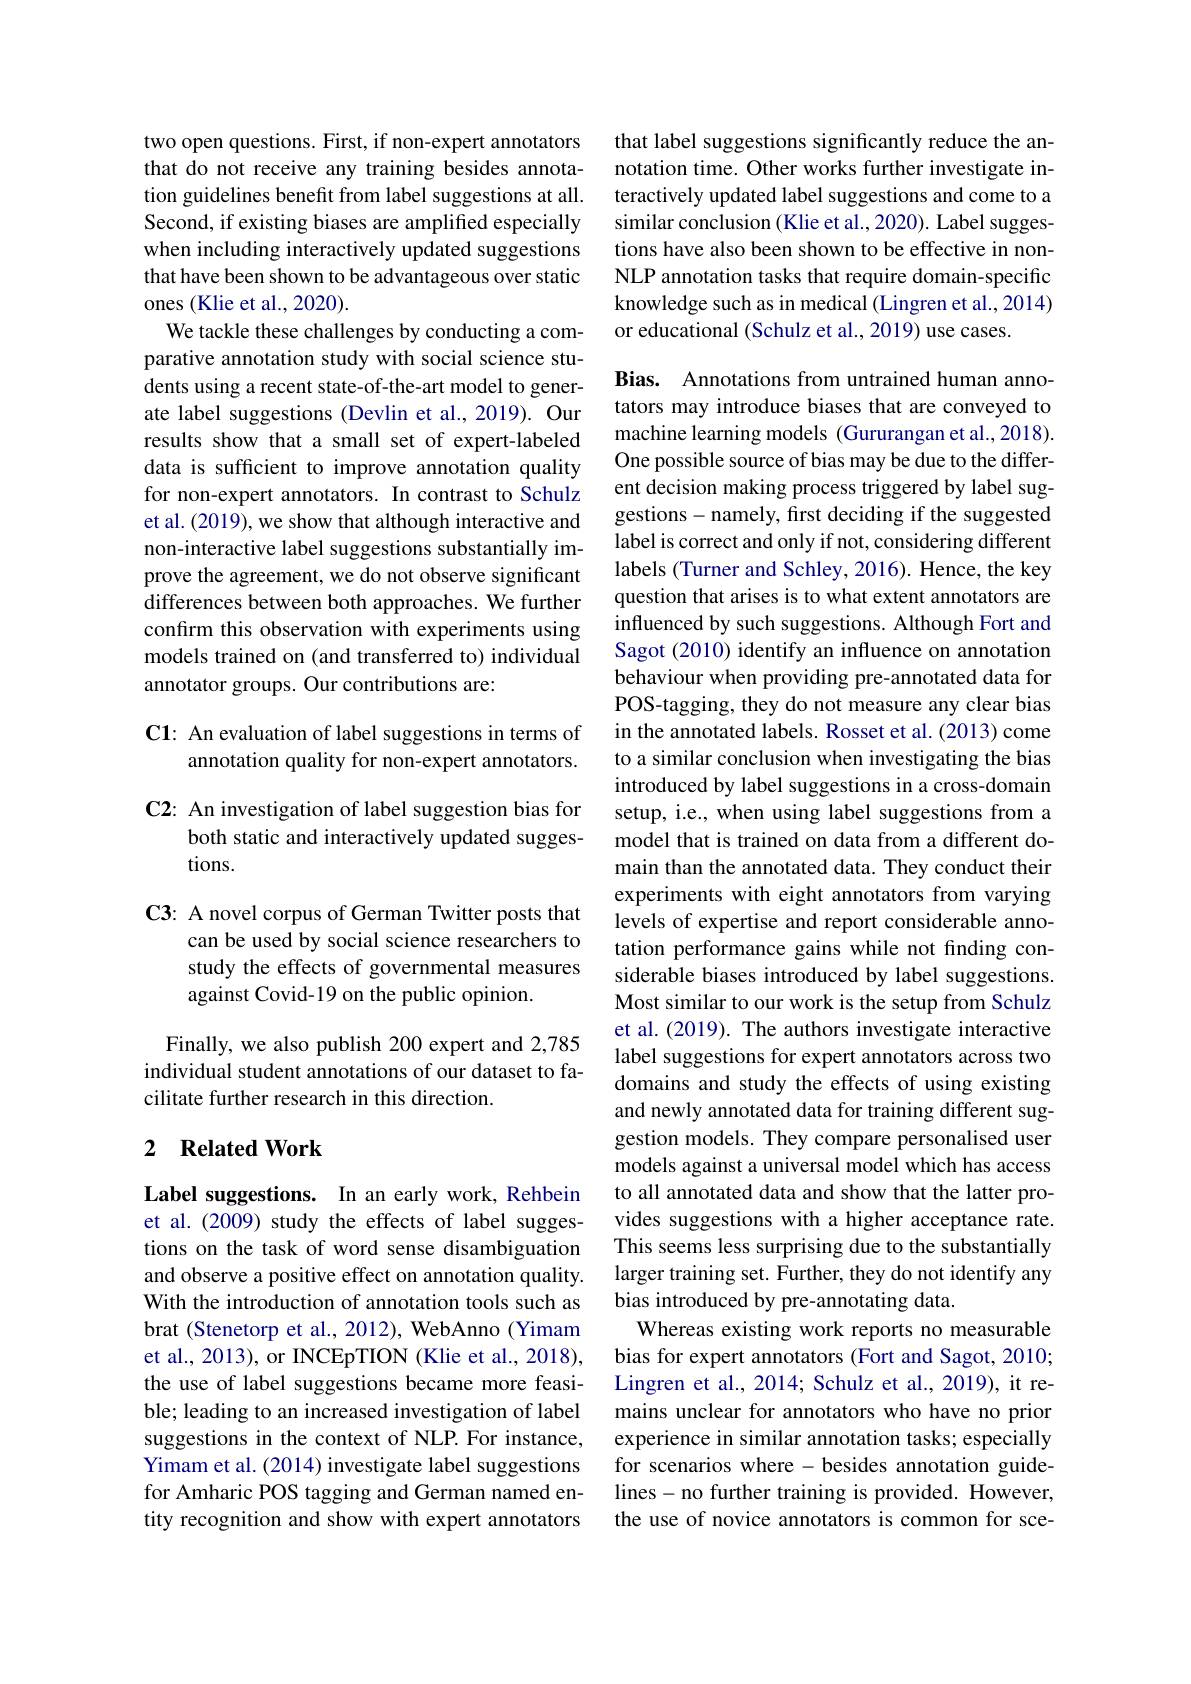
two open questions. First, if non-expert annotators that do not receive any training besides annotation guidelines benefit from label suggestions at all. Second, if existing biases are amplified especially when including interactively updated suggestions that have been shown to be advantageous over static ones (Klie et al., 2020).
We tackle these challenges by conducting a comparative annotation study with social science students using a recent state-of-the-art model to generate label suggestions (Devlin et al., 2019). Our results show that a small set of expert-labeled data is sufficient to improve annotation quality for non-expert annotators. In contrast to Schulz et al. (2019), we show that although interactive and non-interactive label suggestions substantially improve the agreement, we do not observe significant differences between both approaches. We further confirm this observation with experiments using models trained on (and transferred to) individual annotator groups. Our contributions are:

## C1: An evaluation of label suggestions in terms of annotation quality for non-expert annotators.

C2: An investigation of label suggestion bias for
both static and interactively updated sugges-
tions.

C3: A novel corpus of German Twitter posts that
can be used by social science researchers to study the effects of governmental measures against Covid-19 on the public opinion.

Finally, we also publish 200 expert and 2,785 individual student annotations of our dataset to facilitate further research in this direction.

## 2 $\textbf{Related Work}$

Label suggestions. In an early work, Rehbein et al. (2009) study the effects of label suggestions on the task of word sense disambiguation and observe a positive effect on annotation quality. With the introduction of annotation tools such as brat (Stenetorp et al., 2012), WebAnno (Yimam et al., 2013), or INCEpTION (Klie et al., 2018), the use of label suggestions became more feasible; leading to an increased investigation of label suggestions in the context of NLP. For instance, Yimam et al. (2014) investigate label suggestions for Amharic POS tagging and German named entity recognition and show with expert annotators

that label suggestions significantly reduce the annotation time. Other works further investigate interactively updated label suggestions and come to a similar conclusion (Klie et al., 2020). Label suggestions have also been shown to be effective in nonNLP annotation tasks that require domain-specific knowledge such as in medical (Lingren et al.,2014) or educational (Schulz et al., 2019) use cases.

Bias. Annotations from untrained human annotators may introduce biases that are conveyed to machine learning models (Gururangan et al.,2018). One possible source of bias may be due to the different decision making process triggered by label suggestions-namely, first deciding if the suggested label is correct and only if not, considering different labels (Turner and Schley, 2016). Hence, the key question that arises is to what extent annotators are influenced by such suggestions. Although Fort and Sagot (2010) identify an influence on annotation behaviour when providing pre-annotated data for POS-tagging, they do not measure any clear bias in the annotated labels. Rosset et al. (2013) come to a similar conclusion when investigating the bias introduced by label suggestions in a cross-domain setup, i.e., when using label suggestions from a model that is trained on data from a different domain than the annotated data. They conduct their experiments with eight annotators from varying levels of expertise and report considerable annotation performance gains while not finding considerable biases introduced by label suggestions. Most similar to our work is the setup from Schulz et al. (2019). The authors investigate interactive label suggestions for expert annotators across two domains and study the effects of using existing and newly annotated data for training different suggestion models. They compare personalised user models against a universal model which has access to all annotated data and show that the latter provides suggestions with a higher acceptance rate. This seems less surprising due to the substantially larger training set. Further, they do not identify any bias introduced by pre-annotating data.
Whereas existing work reports no measurable bias for expert annotators (Fort and Sagot, 2010; Lingren et al., 2014; Schulz et al., 2019), it remains unclear for annotators who have no prior experience in similar annotation tasks; especially for scenarios where - besides annotation guidelines- no further training is provided. However, the use of novice annotators is common for sce-